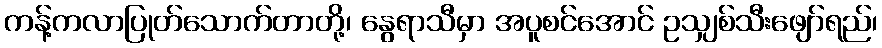
ကန့်ကလာပြုတ်သောက်တာတို့၊ နွေရာသီမှာ အပူစင်အောင် ဥသျှစ်သီးဖျော်ရည်၊